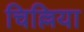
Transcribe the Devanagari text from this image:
चिल्लिया